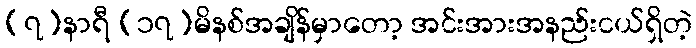
(၇)နာရီ (၁၇)မိနစ်အချိန်မှာတော့ အင်းအားအနည်းငယ်ရှိတဲ့